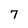
Character: 7